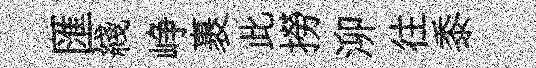
匯綫峥裹此撈泖往黍